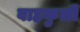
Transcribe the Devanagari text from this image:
वाहकुली